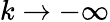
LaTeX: k\to-\infty